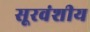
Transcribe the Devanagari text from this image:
सूरवंशीय